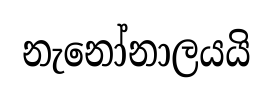
නැනෝනාලයයි